Note on the mental hospitals in Burma - 1925-1940
Year: 1925
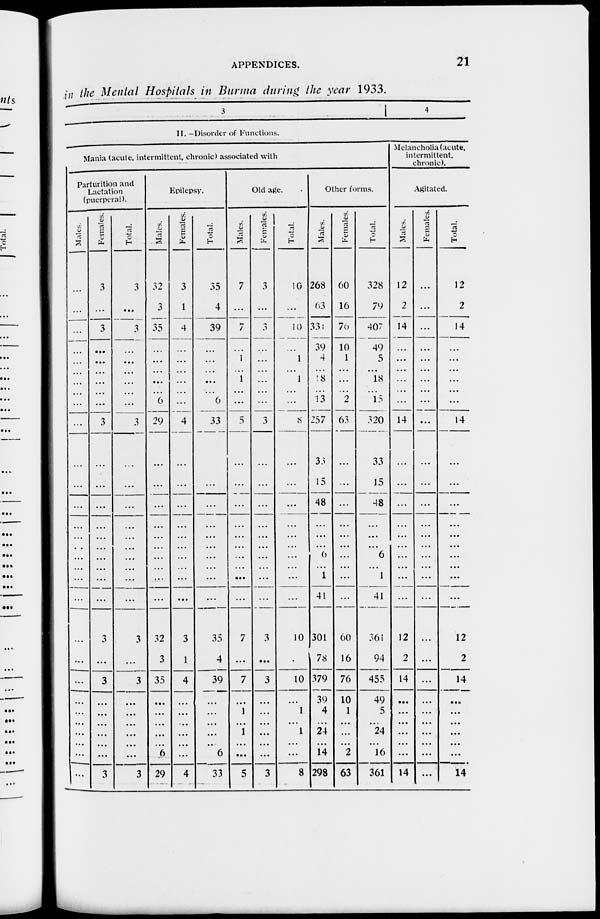
APPENDICES.
21
in the Mental Hospitals in Burma during the year 1933.
3
4
II. -Disorder of Functions.
Mania (acute, intermittent, chronic) associated with
Parturition and
Lactation
(puerperal).
Males.
...
...
...
...
...
...
...
...
...
...
...
...
...
...
...
...
...
...
...
...
...
...
...
...
...
...
...
...
Females.
3
...
3
...
...
...
...
...
3
...
...
...
...
...
...
...
...
...
3
...
3
...
...
...
...
...
...
3
Total.
3
...
3
...
...
...
...
...
3
...
...
...
...
...
...
...
...
...
3
...
3
...
...
...
...
...
...
3
Epilepsy.
Males.
32
3
35
...
...
...
...
6
29
...
...
...
...
...
...
...
...
...
32
3
35
...
...
...
...
...
6
29
Females.
3
1
4
...
...
...
...
...
4
...
...
...
...
...
...
...
...
...
3
1
4
...
...
...
...
...
...
4
Total.
35
4
39
...
...
...
...
6
33
...
...
...
...
...
...
...
...
...
35
4
39
...
...
...
...
...
6
33
Old age.
Males.
7
...
7
...
1
1
...
...
5
...
...
...
...
...
...
...
...
...
7
...
7
...
1
... 1
...
...
5
Females.
3
...
3
...
...
...
...
...
3
...
...
...
...
...
...
...
...
...
3
...
3
...
...
...
...
... ...
3
Total.
10
...
10
...
1
1
...
...
8
...
...
...
...
...
...
...
...
...
10
...
10
...
1
...
1
... ...
8
Other forms.
Males.
268
63
337
39
4
18
...
13
257
33
15
48
...
...
...
6
1
41
301
78
379
39
4
...
24
...
14
298
Females.
60
16
70
10
1
...
...
2
63
...
...
...
...
...
...
...
...
...
60
16
76
10
1
...
...
... 2
63
Total.
328
79
407
49
5
18
...
15
320
33
15
48
...
...
...
6
1
41
361
94
455
49
5
... 24
...
16
361
Melancholia (acute,
intermittent.
chronic).
Agitated.
Males.
12
2
14
...
...
...
...
...
14
...
...
...
...
...
...
...
...
...
12
2
14
...
...
...
...
...
...
14
Females.
...
...
...
...
...
...
...
...
...
...
...
...
...
...
...
...
...
...
...
...
...
...
...
...
...
...
...
...
Total.
12
2
14
...
...
...
...
...
14
...
...
...
...
...
...
...
...
...
12
2
14
...
...
...
...
...
...
14